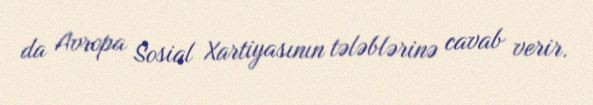
da Avropa Sosial Xartiyasının tələblərinə cavab verir.